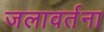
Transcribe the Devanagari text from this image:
जलावर्तना